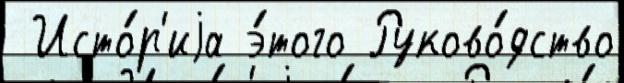
 Исто́р'иjа э́того Руково́дство